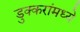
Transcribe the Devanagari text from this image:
डुक्करांमध्ये